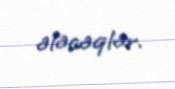
alacaqlar.